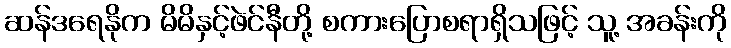
ဆန်ဒရေနိုက မိမိနှင့်ဖဲင်နီတို့ စကားပြောစရာရှိသဖြင့် သူ့ အခန်းကို